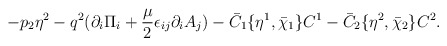
\begin{align*}-p_2\eta ^2-q^2(\partial _i\Pi _i+{\mu\over 2}\epsilon_{ij}\partial _iA_j )-\bar C_1\{\eta ^1,\bar\chi _1\}C^1 -\bar C_2\{\eta ^2,\bar\chi _2\}C^2.\end{align*}